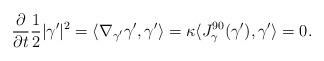
LaTeX: \begin{align*}\frac{\partial}{\partial t}\frac{1}{2}|\gamma'|^2=\langle\nabla_{\gamma'}\gamma',\gamma'\rangle=\kappa\langle J^{90}_\gamma(\gamma'),\gamma'\rangle=0.\end{align*}